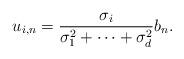
LaTeX: \begin{align*}u_{i,n}=\frac{\sigma_i}{\sigma_1^2+\cdots + \sigma_d^2 }b_n.\end{align*}